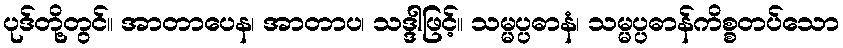
ပုဒ်တို့တွင်။ အာတာပေန၊ အာတာပ၊ သဒ္ဒါဖြင့်။ သမ္မပ္ပဓာနံ၊ သမ္မပ္ပဓာန်ကိစ္စတပ်သော